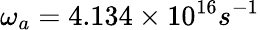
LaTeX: \omega_{a}=4.134\times 10^{16}s^{-1}